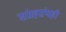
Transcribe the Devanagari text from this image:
संग्रहग्रंथही